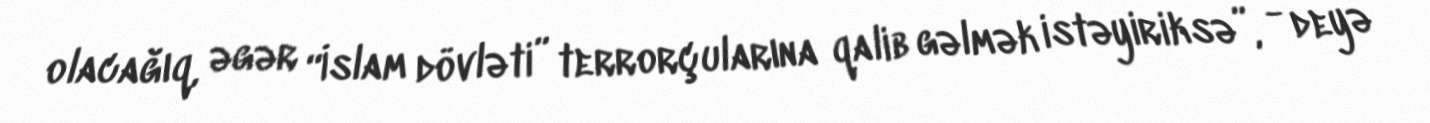
olacağıq, əgər “İslam dövləti” terrorçularına qalib gəlmək istəyiriksə”, - deyə